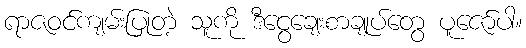
ရာဇဝင်ကျမ်းပြုတဲ့ သူကို ဒီငွေချေးစာချုပ်တွေ ပူဇော်ပါ။